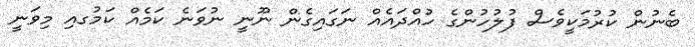
ބެނުން ކުރުމަކީވެސް ފުލުހުންގެ ހުއްދައެއް ނަގައިގެން ނޫނީ ނުވަނެ ކަމެއް ކަމުގއި މިވަނީ